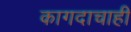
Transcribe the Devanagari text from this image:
कागदाचाही